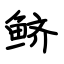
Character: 鲚